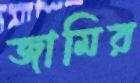
জামির